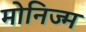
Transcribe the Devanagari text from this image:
मोनिज्म